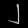
Digit: ၂